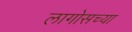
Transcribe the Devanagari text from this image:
लागोसच्या